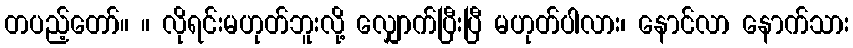
တပည့်တော်။ ။ လိုရင်းမဟုတ်ဘူးလို့ လျှောက်ပြီးပြီ မဟုတ်ပါလား၊ နောင်လာ နောက်သား